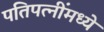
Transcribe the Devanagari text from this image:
पतिपत्‍नींमध्ये